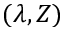
( \lambda , Z )